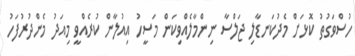
ހުސްވަގުތު ކޮޅަށް މެދުކަނޑާލި ޖަލްސާ ނިންމާލެއްވިކަން މަސީހު އިއުލާން ކުރެއްވީ މިއަދު މެންދުރުފަހު